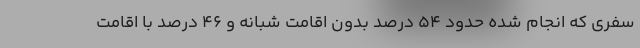
سفری که انجام شده حدود ۵۴ درصد بدون اقامت شبانه و ۴۶ درصد با اقامت